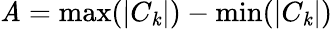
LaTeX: \mathit{A}=\operatorname*{max}(|C_{\mathit{k}}|)-\operatorname*{min}(|C_{\mathit{k}}|)